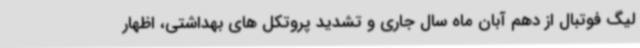
لیگ فوتبال از دهم آبان ماه سال جاری و تشدید پروتکل های بهداشتی، اظهار